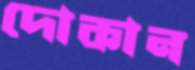
দোকান